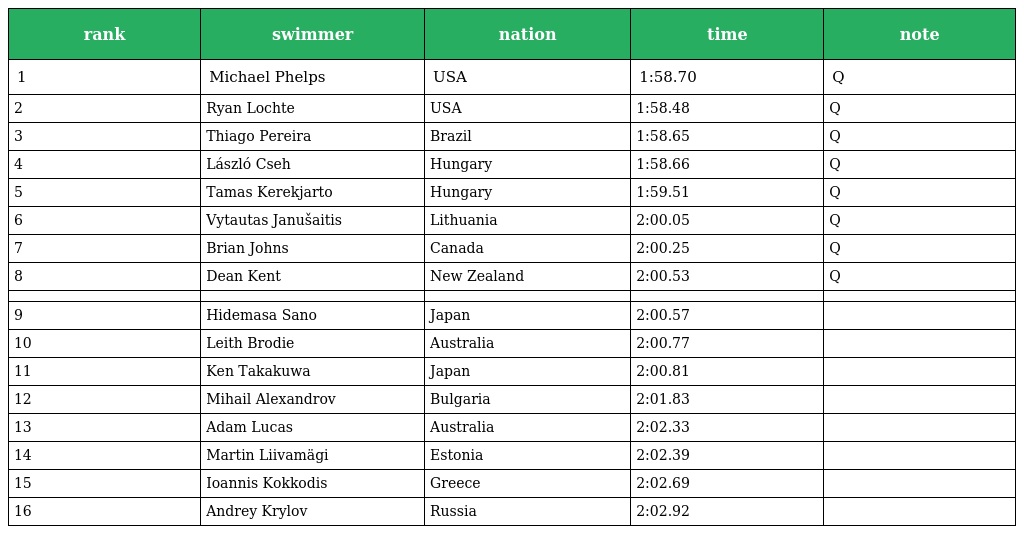
| rank | swimmer | nation | time | note |
 | --- | --- | --- | --- | --- |
 | 1 | Michael Phelps | USA | 1:58.70 | Q |
 | 2 | Ryan Lochte | USA | 1:58.48 | Q |
 | 3 | Thiago Pereira | Brazil | 1:58.65 | Q |
 | 4 | László Cseh | Hungary | 1:58.66 | Q |
 | 5 | Tamas Kerekjarto | Hungary | 1:59.51 | Q |
 | 6 | Vytautas Janušaitis | Lithuania | 2:00.05 | Q |
 | 7 | Brian Johns | Canada | 2:00.25 | Q |
 | 8 | Dean Kent | New Zealand | 2:00.53 | Q |
 |  |  |  |  |  |
 | 9 | Hidemasa Sano | Japan | 2:00.57 |  |
 | 10 | Leith Brodie | Australia | 2:00.77 |  |
 | 11 | Ken Takakuwa | Japan | 2:00.81 |  |
 | 12 | Mihail Alexandrov | Bulgaria | 2:01.83 |  |
 | 13 | Adam Lucas | Australia | 2:02.33 |  |
 | 14 | Martin Liivamägi | Estonia | 2:02.39 |  |
 | 15 | Ioannis Kokkodis | Greece | 2:02.69 |  |
 | 16 | Andrey Krylov | Russia | 2:02.92 |  |